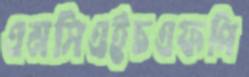
এমসিএইচএফপি